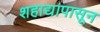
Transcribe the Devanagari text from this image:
शहाद्यापासून